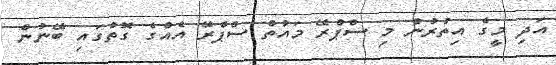
އަދި މީގެ އިތުރުން މި ސްޕްރޭ މައުތް ސްޕްރޭ އެއްގެ ގޮތުގައި ބޭނުން